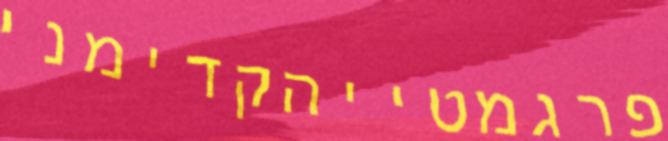
פרגמטייהקדימני